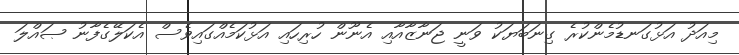
މިއަދު އަޅުގަނޑުމެންކުރެ ގިނަބަޔަކު ވަނީ ޖަނާޒާއާއި އެނޫން ހުރިހައި އަޅުކަމެއްގައިވެސް އެކަލޭގެފާނު ޞައްލަ